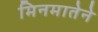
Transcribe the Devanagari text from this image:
मिनमातेने